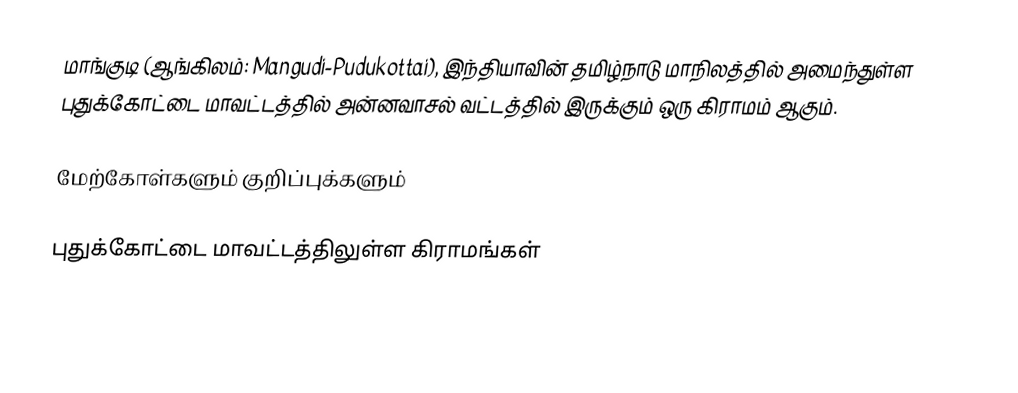
மாங்குடி (ஆங்கிலம்: Mangudi-Pudukottai), இந்தியாவின் தமிழ்நாடு மாநிலத்தில் அமைந்துள்ள  புதுக்கோட்டை மாவட்டத்தில்   அன்னவாசல் வட்டத்தில் இருக்கும்  ஒரு கிராமம்  ஆகும்.

மேற்கோள்களும் குறிப்புக்களும்

புதுக்கோட்டை மாவட்டத்திலுள்ள கிராமங்கள்